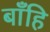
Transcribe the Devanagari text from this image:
बाँहि